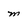
Character: m